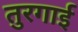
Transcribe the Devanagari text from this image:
तुरगाई